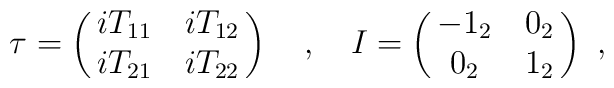
\tau = \pmatrix{ i T_{11}  &  i T_{12} \cr                 i T_{21} & i T_{22} }  ~~~ , ~~~  I = \pmatrix{ -1_2 & 0_2 \cr  0_2 & 1_2 } ~ ,